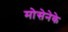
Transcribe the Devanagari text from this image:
मोसेनेके